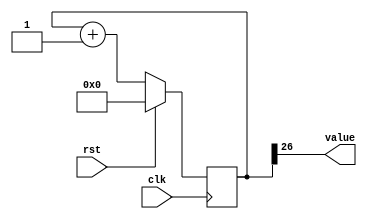
module counter_1 (
    input clk,
    input rst,
    output reg [0:0] value
  );
  
  localparam SIZE = 1'h1;
  localparam DIV = 5'h1a;
  localparam TOP = 1'h0;
  localparam UP = 1'h1;
  
  
  reg [26:0] M_ctr_d, M_ctr_q = 1'h0;
  
  localparam MAX_VALUE = 27'h3ffffff;
  
  always @* begin
    M_ctr_d = M_ctr_q;
    
    value = M_ctr_q[26+0-:1];
    if (1'h1) begin
      M_ctr_d = M_ctr_q + 1'h1;
      if (1'h0 && M_ctr_q == 27'h3ffffff) begin
        M_ctr_d = 1'h0;
      end
    end else begin
      M_ctr_d = M_ctr_q - 1'h1;
      if (1'h0 && M_ctr_q == 1'h0) begin
        M_ctr_d = 27'h3ffffff;
      end
    end
  end
  
  always @(posedge clk) begin
    if (rst == 1'b1) begin
      M_ctr_q <= 1'h0;
    end else begin
      M_ctr_q <= M_ctr_d;
    end
  end
  
endmodule